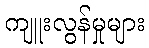
ကျူးလွန်မှုများ